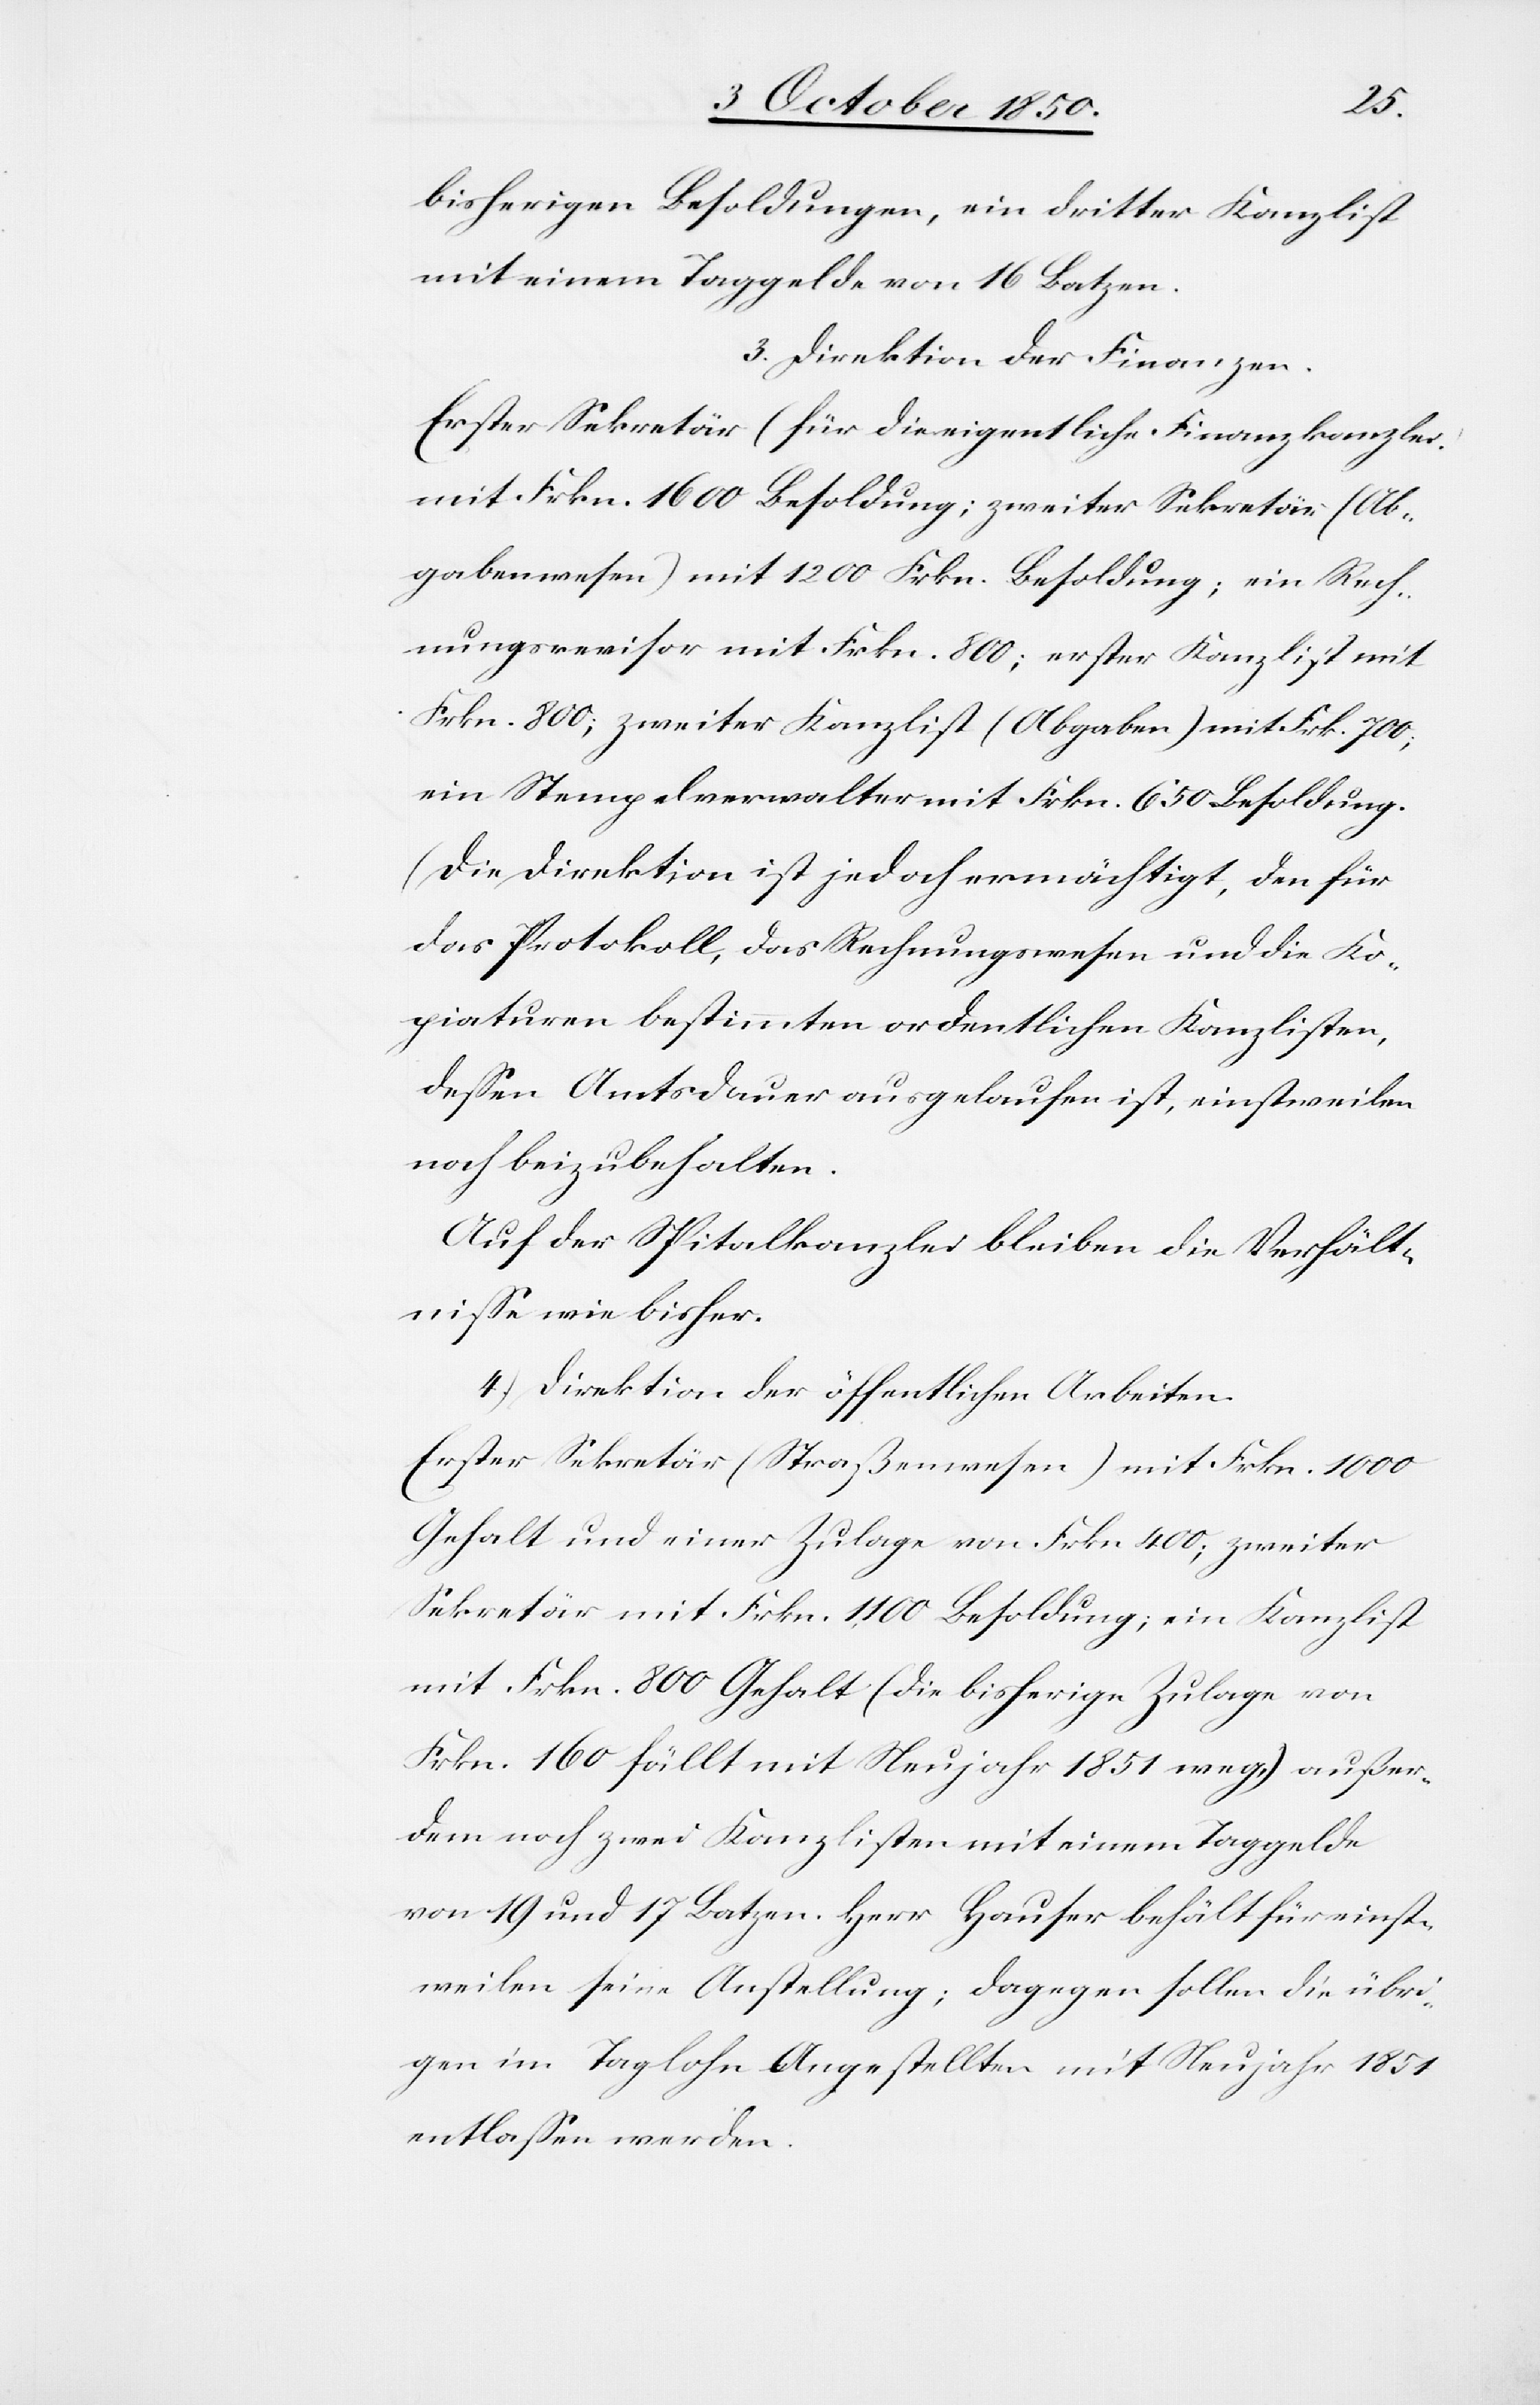
n.[)]
bisherigen Besoldungen, ein dritter Kanzlist
mit einem Taggelde von 16 Batzen.
3.) Direktion der Finanzen.
Erster Sekretär (für die eigentliche Finanzkanzlei.)
mit Frkn. 1600 Besoldung; zweiter Sekretär (Ab¬
gabenwesen) mit 1200 Frkn. Besoldung; ein Rech¬
nungsrevisor mit Frkn. 800; erster Kanzlist mit
Frkn. 800; zweiter Kanzlist (Abgaben) mit Frk. 700;
ein Stempelverwalter mit Frkn. 650 Besoldung.
(Die Direktion ist jedoch ermächtigt, den für
das Protokoll, das Rechnungswesen und die Ko¬
piaturen bestimmten ordentlichen Kanzlisten,
dessen Amtsdauer ausgelaufen ist, einstweilen
noch beizubehalte¬
Auf der Spitalkanzlei bleiben die Verhält¬
nisse wie bisher.
4.) Direktion der öffentlichen Arbeiten.
Erster Sekretär (Straßenwesen) mit Frkn. 1000
Gehalt und einer Zulage von Frkn 400; zweiter
Sekretär mit Frkn. 1100 Besoldung; ein Kanzlist
mit Frkn. 800 Gehalt (die bisherige Zulage von
Frkn. 160 fällt mit Neujahr 1851 weg,) außer¬
dem noch zwei Kanzlisten mit einem Taggelde
von 19 und 17 Batzen. Herr Hauser behält für einst¬
weilen seine Anstellung; dagegen sollen die übri¬
gen im Taglohn Angestellten mit Neujahr 1851
entlassen werden.